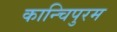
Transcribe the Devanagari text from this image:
कान्चिपुरम